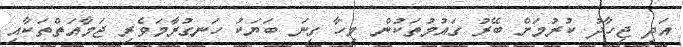
އަދި ޖިހާދު ކުރުމަށް ބޭރު ގައުމުތަކުން މިހާ ގިނަ ބަޔަކު ހަނގުރާމަވެރި ޖަމާއަތްތަކާއި